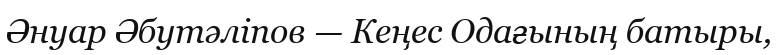
Әнуар Әбутәліпов — Кеңес Одағының батыры,